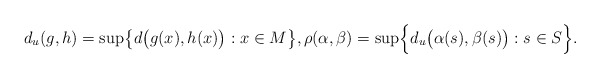
\begin{gather*} d_u(g,h)=\sup \bigl\{ d\bigl( g(x),h(x) \bigr) : x \in M \bigr\}, \rho(\alpha,\beta)= \sup \Bigl\{ d_u\bigl(\alpha(s),\beta(s) \bigr) : s \in S \Bigr\}.\end{gather*}